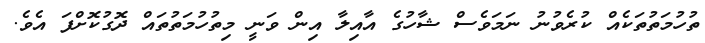
ތުހުމަތުތަކެއް ކުރެވުނު ނަމަވެސް ޝާހުގެ އާއިލާ އިން ވަނީ މިތުހުމަތުތައް ދޮގުކޮށްފަ އެވެ.